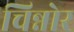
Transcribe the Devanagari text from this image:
चिन्नोर